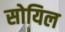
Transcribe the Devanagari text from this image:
सोयिल